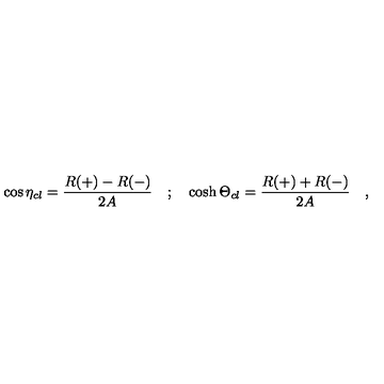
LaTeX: \cos \eta _ { c l } = \frac { R ( + ) - R ( - ) } { 2 A } \quad ; \quad \cosh \Theta _ { c l } = \frac { R ( + ) + R ( - ) } { 2 A } \quad ,